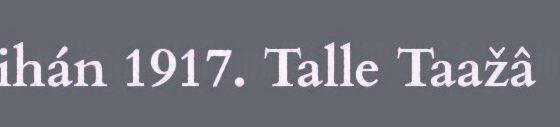
ihán 1917. Talle Taažâ